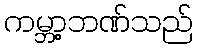
ကမ္ဘာ့ဘဏ်သည်